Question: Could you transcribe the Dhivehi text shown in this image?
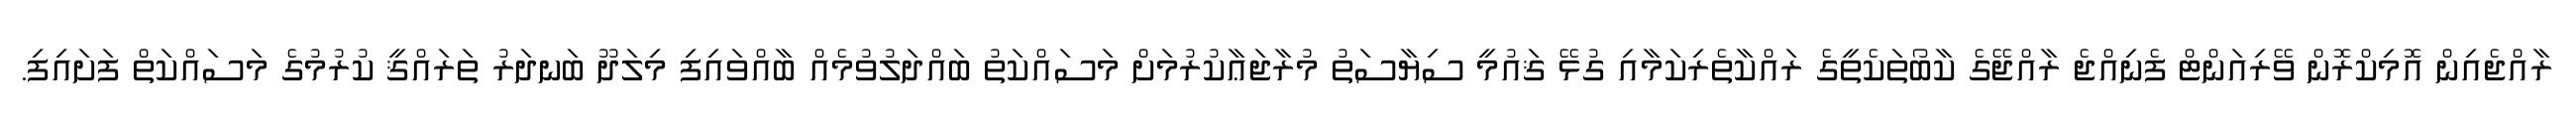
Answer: ރާއްޖެއިން އޮމިކްރޮން ވޭރިއަންޓް ފެނިއްޖެ ރާއްޖޭގެ ކާބޯތަކެތީގެ ރައްކާތެރިކަމާއި ގުޅޭ ޤައުމީ ސިޔާސަތު މުރާޖަޢާކުރުމަށް މަސައްކަތު ބައްދަލުވުމެއް ބާއްވައިފި މިލަދޫ ބަނދަރު ތަރައްޤީ ކުރުމުގެ މަސައްކަތް ފަށައިފި.